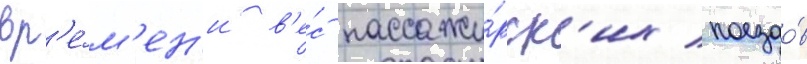
вр'е́м'ен'и в'е́с пассажи́рск'их поездо́в